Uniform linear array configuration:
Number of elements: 12
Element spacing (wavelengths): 0.5
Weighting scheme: hann
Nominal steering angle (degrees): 45
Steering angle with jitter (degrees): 45.768
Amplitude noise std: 0.05
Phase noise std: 0.05

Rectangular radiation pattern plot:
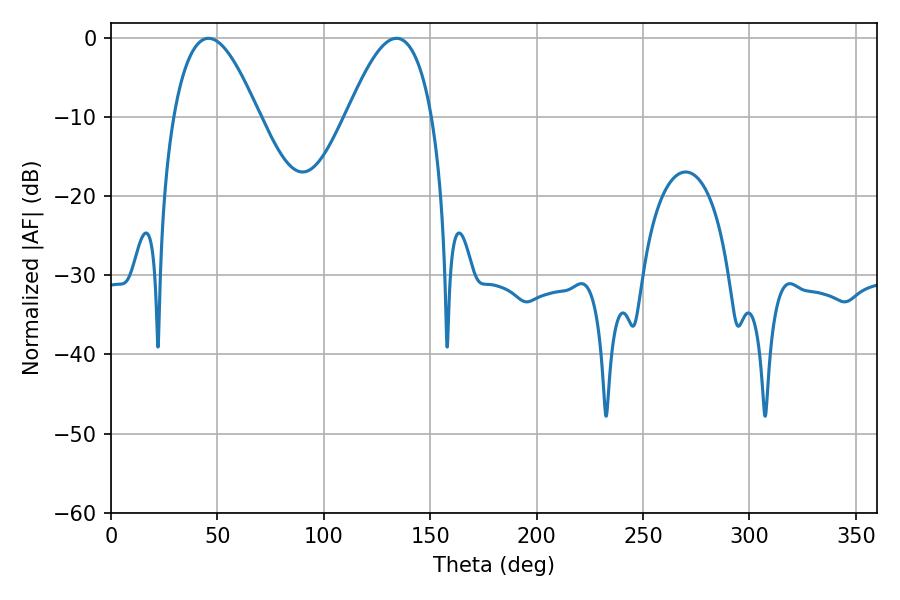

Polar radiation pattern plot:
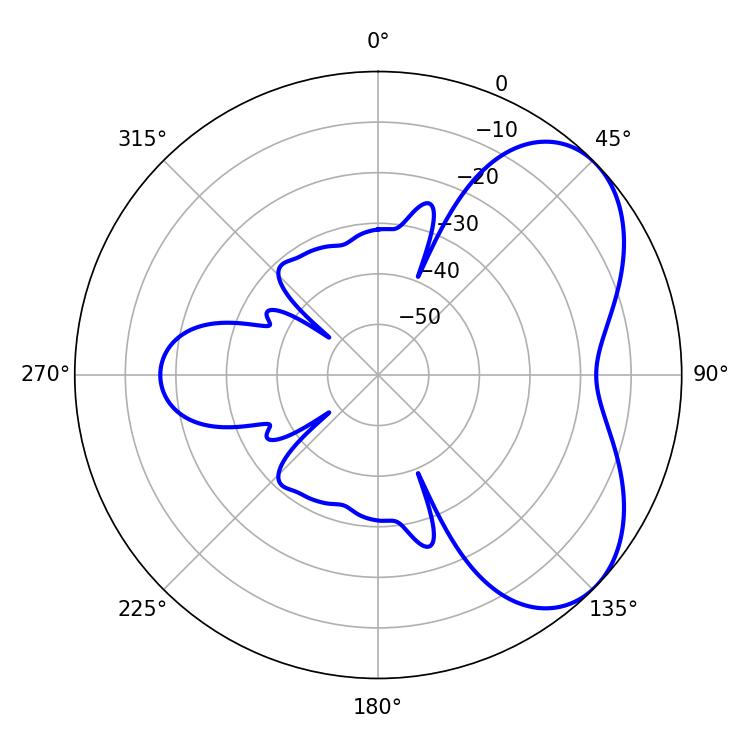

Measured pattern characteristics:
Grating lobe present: FALSE
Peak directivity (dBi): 5.159
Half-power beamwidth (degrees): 21.78
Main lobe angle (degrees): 45.9